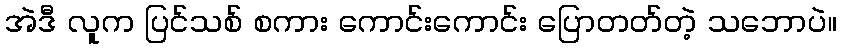
အဲဒီ လူက ပြင်သစ် စကား ကောင်းကောင်း ပြောတတ်တဲ့ သဘောပဲ။